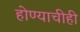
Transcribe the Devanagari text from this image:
होण्याचीही